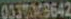
0339642